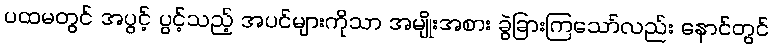
ပထမတွင် အပွင့် ပွင့်သည့် အပင်များကိုသာ အမျိုးအစား ခွဲခြားကြသော်လည်း နောင်တွင်